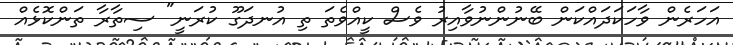
އަހަރެން ވާހަކަދައްކަން ބޭނުންނުވާއިރު ވެސް ކީއްވެތަ ތި އުނދަގޫ ކުރަނީ" ސިތާރާ ތަންކޮޅެއް